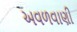
અવળવાણી